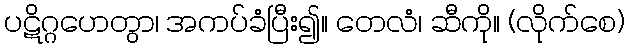
ပဋိဂ္ဂဟေတွာ၊ အကပ်ခံပြီး၍။ တေလံ၊ ဆီကို။ (လိုက်စေ)